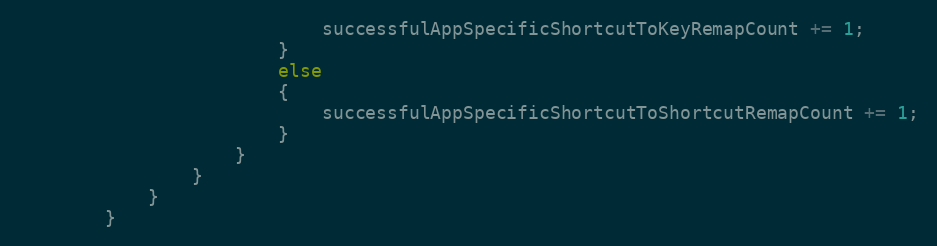
Language: C++
                            successfulAppSpecificShortcutToKeyRemapCount += 1;
                        }
                        else
                        {
                            successfulAppSpecificShortcutToShortcutRemapCount += 1;
                        }
                    }
                }
            }
        }